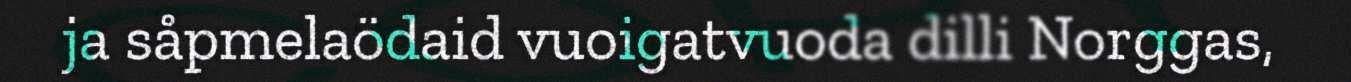
ja såpmelaödaid vuoigatvuoda dilli Norggas,